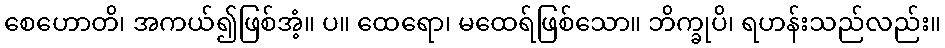
စေဟောတိ၊ အကယ်၍ဖြစ်အံ့။ ပ။ ထေရော၊ မထေရ်ဖြစ်သော။ ဘိက္ခုပိ၊ ရဟန်းသည်လည်း။